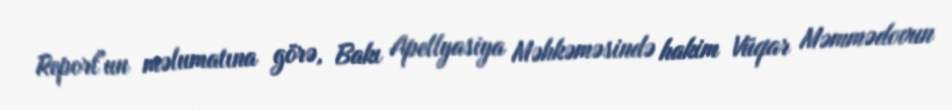
Report"un məlumatına görə, Bakı Apellyasiya Məhkəməsində hakim Vüqar Məmmədovun